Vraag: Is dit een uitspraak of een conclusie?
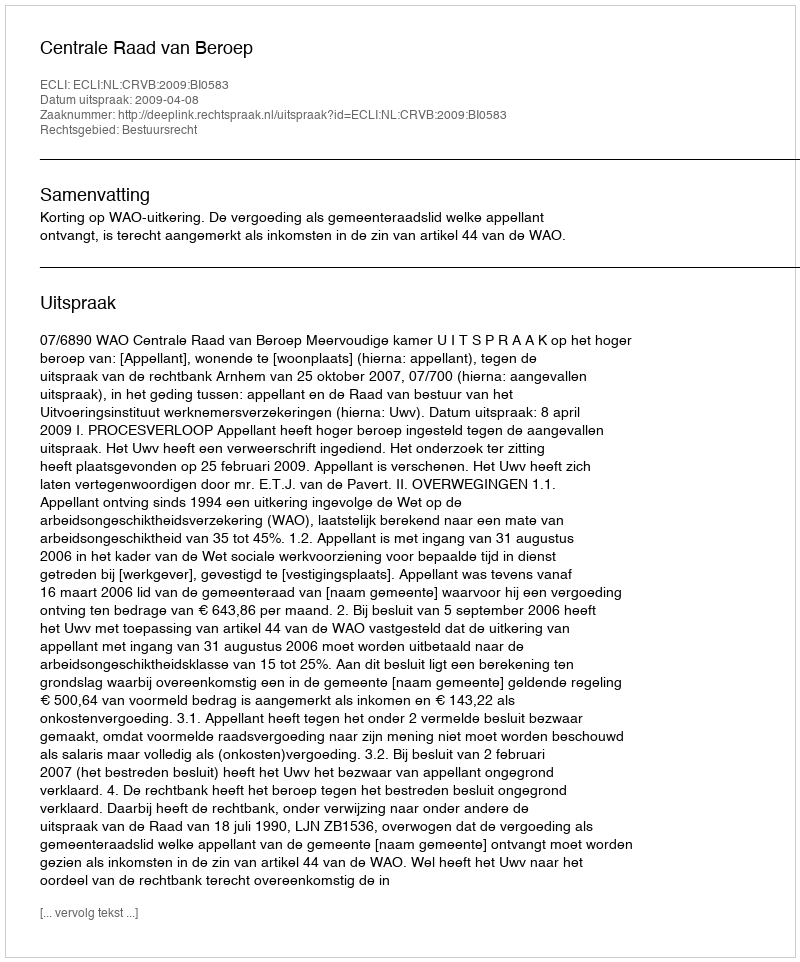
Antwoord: Uitspraak